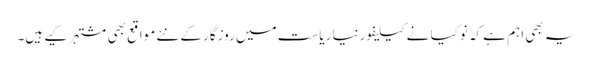
یہ بھی اہم ہے کہ نوکیا نے کیلیفورنیا ریاست میں روزگار کے نئے مواقع بھی مشتہر کیے ہیں۔